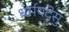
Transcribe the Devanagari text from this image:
धर्मपदेसु